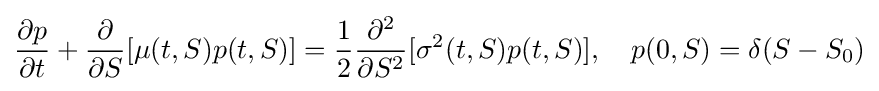
{\partial p \over {\partial t}}+{\partial  \over {\partial S}}[\mu (t,S)p(t,S)]={1 \over {2}}{\partial ^{2} \over {\partial S^{2}}}[\sigma ^{2}(t,S)p(t,S)],\quad p(0,S)=\delta (S-S_{0})